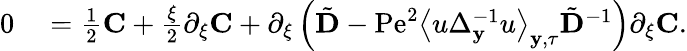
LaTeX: \begin{array}{rl}{0}&{{}=\frac{1}{2}\mathbf{C}+\frac{\xi}{2}\partial_{\xi}\mathbf{C}+\partial_{\xi}\left(\tilde{\mathbf{D}}-\mathrm{Pe}^{2}\left\langle u\Delta_{\mathbf{y}}^{-1}u\right\rangle_{\mathbf{y},\tau}\tilde{\mathbf{D}}^{-1}\right)\partial_{\xi}\mathbf{C}.}\end{array}